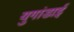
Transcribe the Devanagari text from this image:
युगांडाई